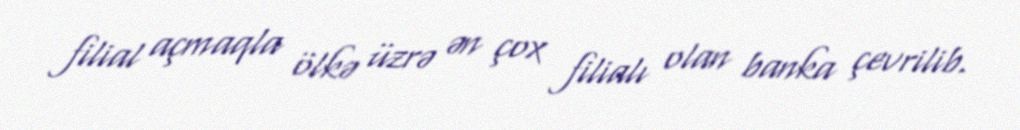
filial açmaqla ölkə üzrə ən çox filialı olan banka çevrilib.